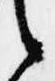
言